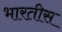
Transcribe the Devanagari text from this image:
भारतीस